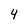
Character: 4